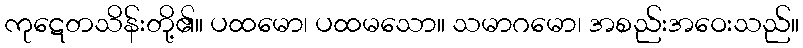
ကုဋေတသိန်းတို့၏။ ပထမော၊ ပထမသော။ သမာဂမော၊ အစည်းအဝေးသည်။